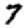
Digit: 7